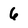
Character: 6